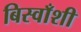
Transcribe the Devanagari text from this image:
बिस्वाँशी